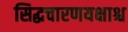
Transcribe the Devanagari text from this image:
सिद्धचारणयक्षाश्च